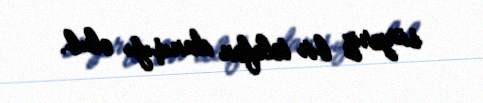
sürpriz bir telefon danışığı olub.